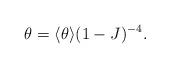
LaTeX: \begin{align*}\theta = \langle \theta \rangle (1 - J)^{-4}.\end{align*}